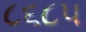
૮૬૮૫